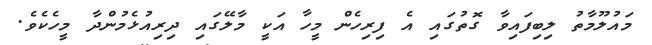
މައުލޫމާތު ލިބިފައިވާ ގޮތުގައި އެ ފިރިހެން މީހާ އަކީ މާލޭގައި ދިރިއުޅެމުންދާ މީހެކެވެ.